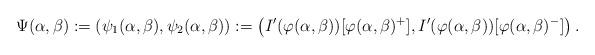
LaTeX: \begin{align*} \Psi(\alpha, \beta):=(\psi_1(\alpha, \beta),\psi_2(\alpha, \beta)):=\left( I'(\varphi (\alpha,\beta))[\varphi (\alpha,\beta) ^+], I'(\varphi (\alpha,\beta))[\varphi (\alpha,\beta) ^-] \right). \end{align*}